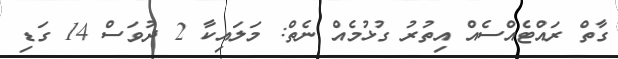
ގާތް ރައްޓެއްސެއް އިތުރު ގުޅުމެއް ނެތް: މަލައިކާ 2 ދުވަސް 14 ގަޑި